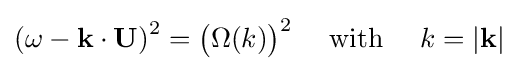
\left(\omega -\mathbf {k} \cdot \mathbf {U} \right)^{2}={\bigl (}\Omega (k){\bigr )}^{2}\quad {\text{ with }}\quad k=|\mathbf {k} |